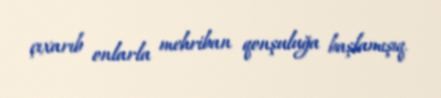
çıxarıb onlarla mehriban qonşuluğa başlamışıq.